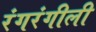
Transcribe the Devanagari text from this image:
रंगरंगीली